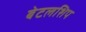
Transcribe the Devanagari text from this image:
बेटलशिप